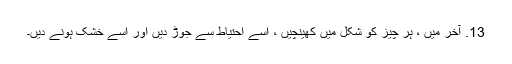
13. آخر میں ، ہر چیز کو شکل میں کھینچیں ، اسے احتیاط سے جوڑ دیں اور اسے خشک ہونے دیں۔